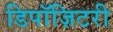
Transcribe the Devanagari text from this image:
डिपॉज़िटरी